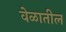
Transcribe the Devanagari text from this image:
वेळातील